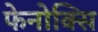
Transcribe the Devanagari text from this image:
फेनोक्सि